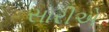
સારીએ